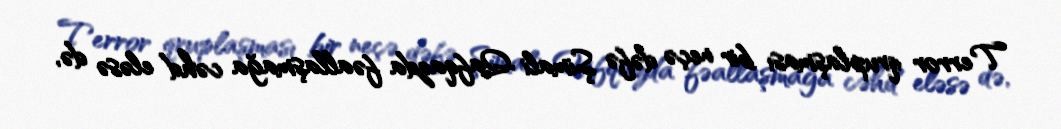
Terror qruplaşması bir neçə dəfə Şimali Qafqazda fəallaşmağa cəhd eləsə də,